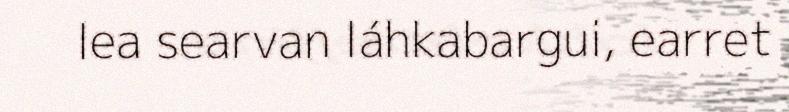
lea searvan láhkabargui, earret